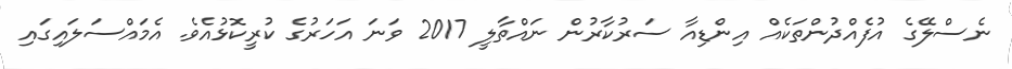
ނެސްލޭގެ އުފެއްދުންތަކެއް އިންޑިއާ ސަރުކާރުން ނައްތާލީ 2017 ވަނަ އަހަރުގެ ކުރީކޮޅުއެވެ. އެމައްސަލައިގައި